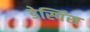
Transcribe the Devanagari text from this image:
डेस्पिंस